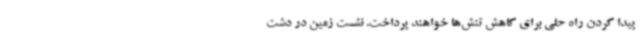
پیدا کردن راه حلی برای کاهش تنش‌ها خواهند پرداخت. ‌نشست زمین در دشت